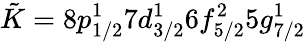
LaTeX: \tilde{K}=8p_{1/2}^{1}7d_{3/2}^{1}6f_{5/2}^{2}5g_{7/2}^{1}